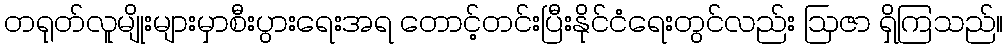
တရုတ်လူမျိုးများမှာစီးပွားရေးအရ တောင့်တင်းပြီးနိုင်ငံရေးတွင်လည်း ဩဇာ ရှိကြသည်။